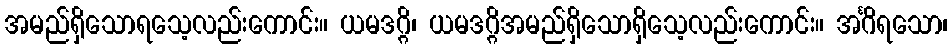
အမည်ရှိသောရသေ့လည်းကောင်း။ ယမဒဂ္ဂိ၊ ယမဒဂ္ဂိအမည်ရှိသောရှိသေ့လည်းကောင်း။ အင်္ဂိရသော၊